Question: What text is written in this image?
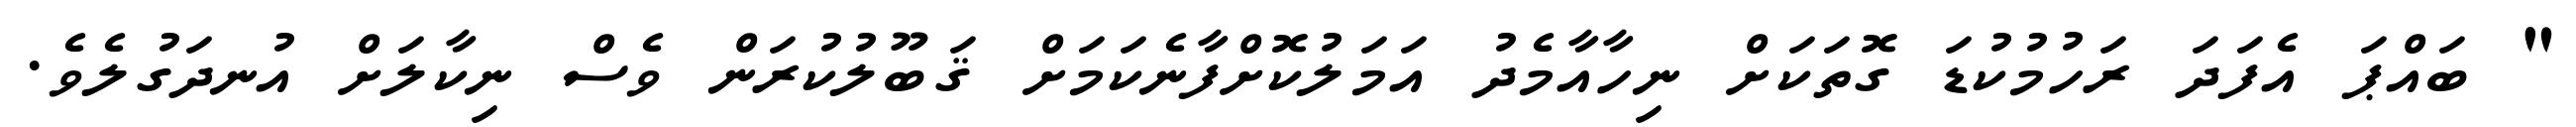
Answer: " ބައްޕަ އެފަދަ ރަހުމުކުޑަ ގޮތަކަށް ނިހާއާމެދު އަމަލުކޮށްފާނެކަމަށް ޤަބޫލުކުރަން ވެސް ނިކާލަށް އުނދަގުލެވެ.